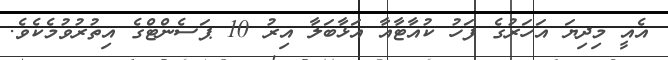
އެއީ މިދިޔަ އަހަރުގެ ފަހު ކުއާޓާއާ އަޅާބަލާ އިރު 10 ޕަސެންޓްގެ އިތުރުވުމެކެވެ.